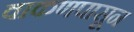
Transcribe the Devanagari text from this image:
वाकणपासून